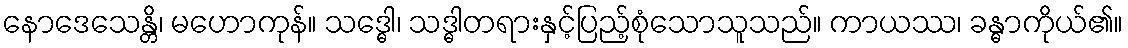
နောဒေသေန္တိ၊ မဟောကုန်။ သဒ္ဓေါ၊ သဒ္ဓါတရားနှင့်ပြည့်စုံသောသူသည်။ ကာယဿ၊ ခန္ဓာကိုယ်၏။